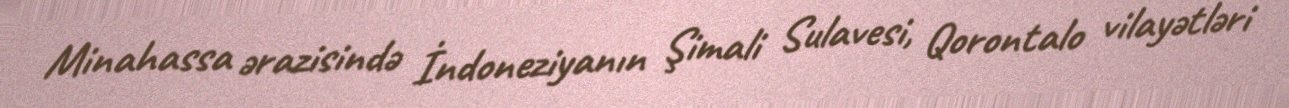
Minahassa ərazisində İndoneziyanın Şimali Sulavesi, Qorontalo vilayətləri